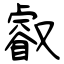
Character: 叡